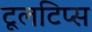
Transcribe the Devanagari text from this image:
टूलटिप्स